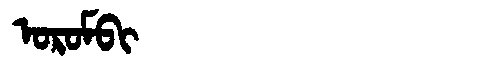
Manchu: ᠣᡵᠣᠮᠪᡳ
Romanization: OROMBI